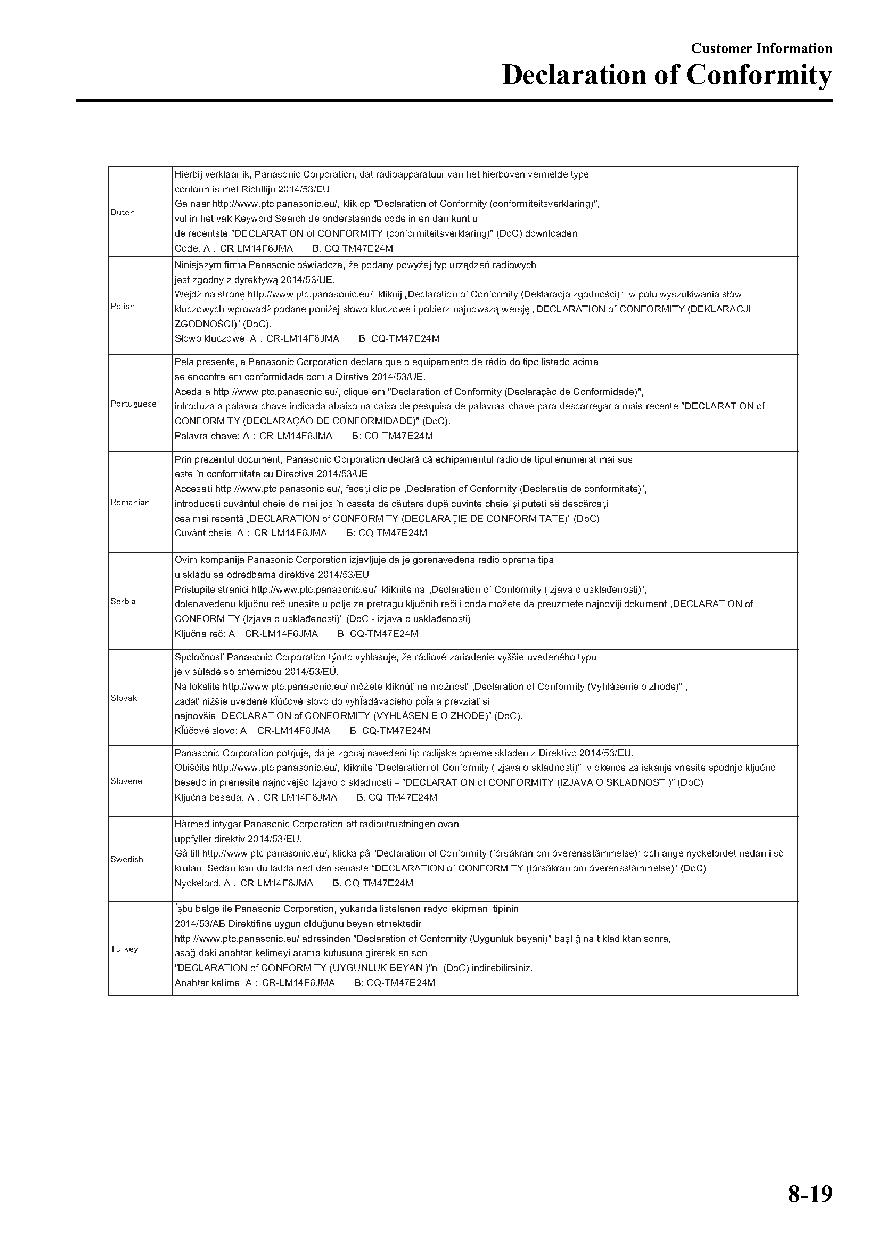
Customer Information
 Declaration of Conformity
 8-19
 CX-3_8GT4-EE-18D_Edition4                  2018-9-6 18:32:19